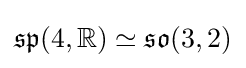
{\mathfrak {sp}}(4,\mathbb {R} )\simeq {\mathfrak {so}}(3,2)